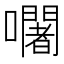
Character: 𡄢